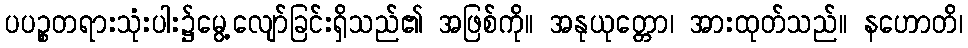
ပပဉ္စတရားသုံးပါး၌မွေ့လျော်ခြင်းရှိသည်၏ အဖြစ်ကို။ အနုယုတ္တော၊ အားထုတ်သည်။ နဟောတိ၊